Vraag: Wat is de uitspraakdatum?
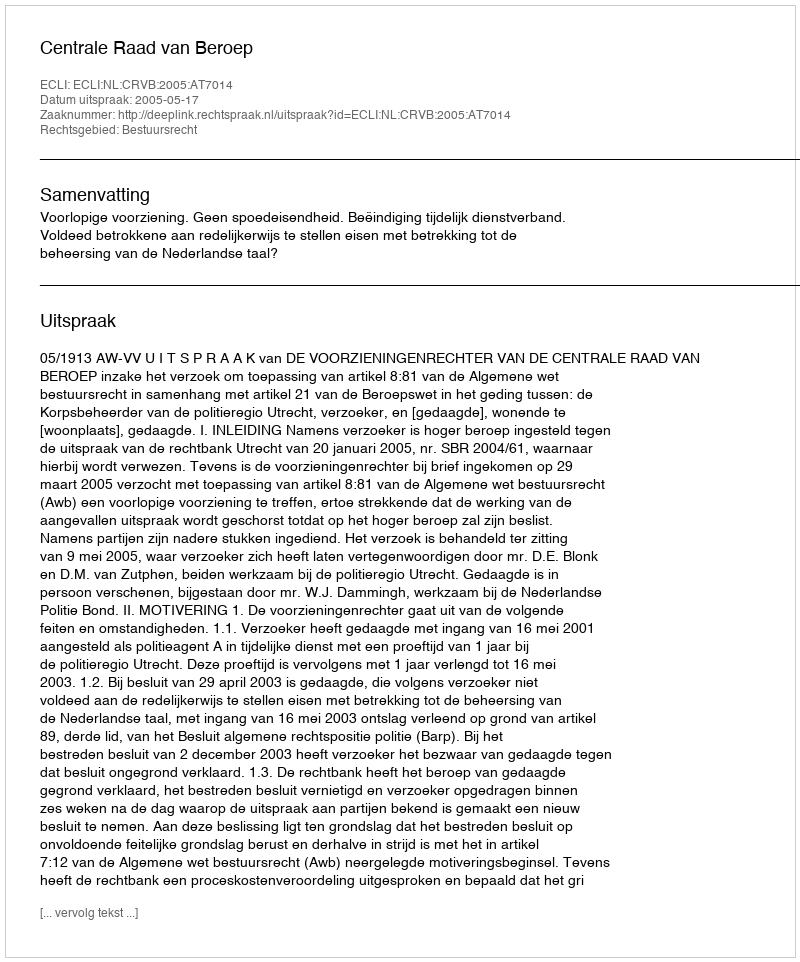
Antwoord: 2005-05-17